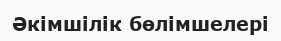
Әкімшілік бөлімшелері